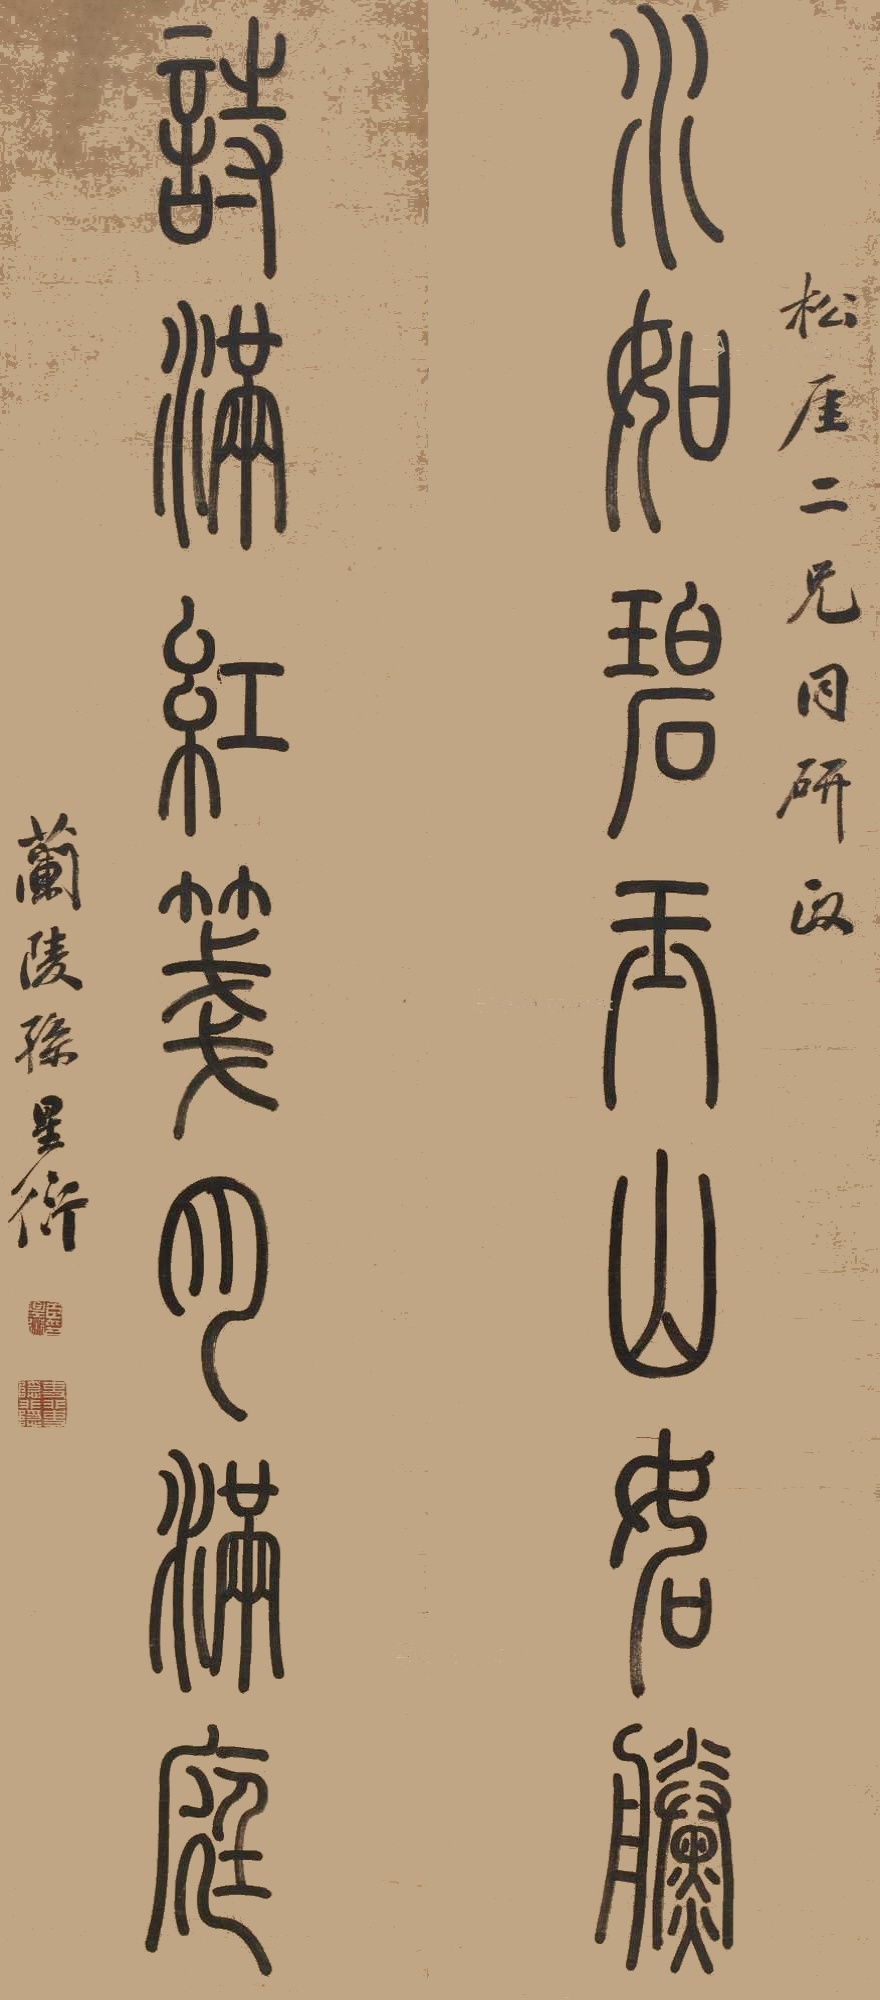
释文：水如碧玉山如黛，诗满红笺月满庭。松厓二兄同研政，兰陵孙星衍。